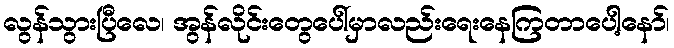
လွန်သွားပြီလေ၊ အွန်လိုင်းတွေပေါ်မှာလည်းရေးနေကြတာပေါ့နော်၊